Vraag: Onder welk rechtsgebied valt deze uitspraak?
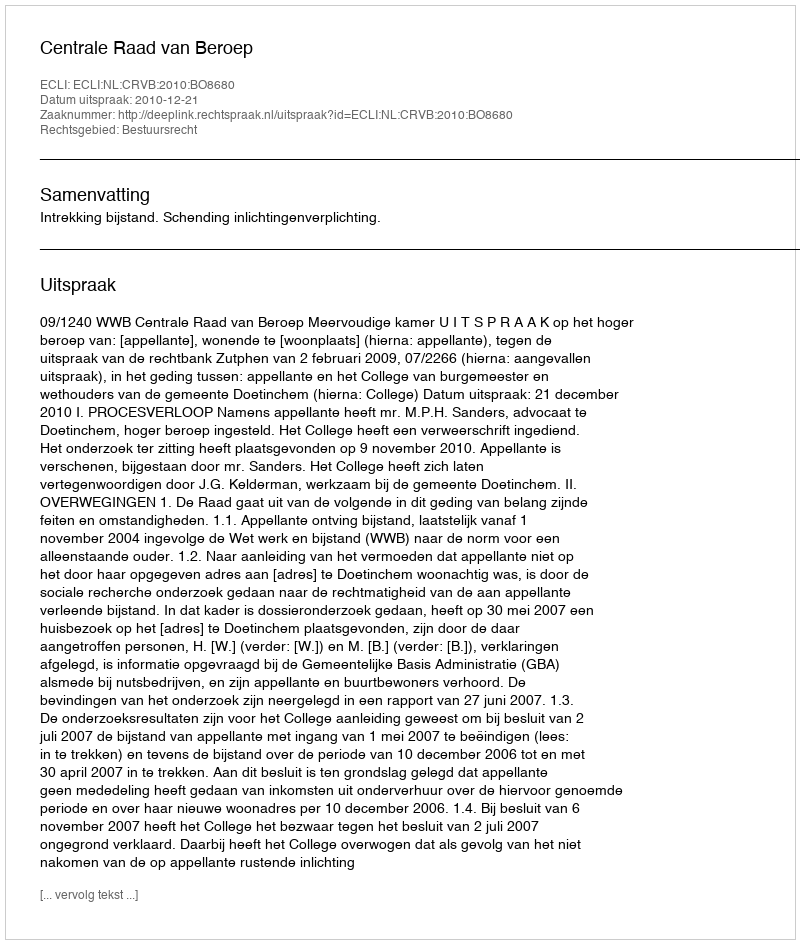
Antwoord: Bestuursrecht